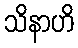
သိနာဟိ